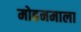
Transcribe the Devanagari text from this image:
मोहनमाला